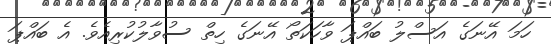
ހަމަ އޭނަގެ އަސްލު ބައްޕަ ވާހަކަތޯ އޭނަގެ ހިތް ސުވާލުކުރިއެވެ. އެ ބައްޕަ